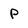
Character: P